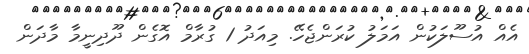
އެއް އުސޫލަކުން އަމަލު ކުރަންޖެހޭ. މިއަދު 1 ގުރާމް އޮގެން ދޫދިނީމާ މާދަން